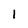
Character: 1